Report on vaccination in Madras 1904-1921 - 1904-1921
Year: 1904
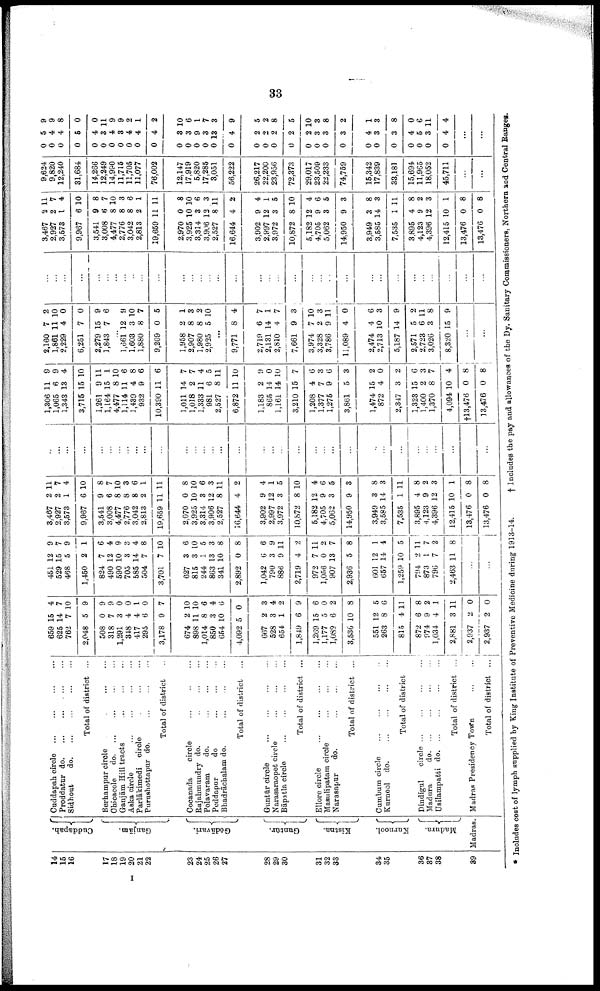
33
14
15
16
17
18
19
20
21
22
23
24
25
26
27
28
29
30
31
32
33
34
35
36
37
38
39
Cuddapah.
Ganjām.
Godāvari.
Guntūr.
Kistna.
Kurnool.
Madura.
Madras.
Cuddapah circle ... ... ... ...
Proddatur do . ... ... ... ...
Sidhout
d
o
. ... ... ... ...
Total of district ...
Berhampur circle
...
...
...
...
Chicacole
do. ... ... ... ...
Ganjām Hill tracts
...
...
...
...
Aska circle
...
...
...
...
Parlākimedi circle ... ... ... ...
Purushottapur do.
...
...
...
Total of district ...
Gocanada
circle
...
...
...
Rajahmundry do. ... ... ...
Polavaram
do. ... ... ...
Peddapur
do
...
...
...
Bhadrāchalam do.
...
...
...
...
Total of district ...
Guntūr circle
...
...
...
...
Narasaraopet circle
...
...
...
Bāpatla circle
...
...
...
...
Total of district ...
Ellore circle
...
...
...
Masulipatam circle ... ... ...
Narasapur
do.
...
...
...
Total of district ...
Cumbum circle ... ... ... ...
Kurnool do.
...
...
...
...
Total of district
Dindigul
circle
...
...
...
...
Madura
do. ... ... ... ...
Usilampatti d
o
. ... ... ... ...
Total of district ...
Madras Presidency Town
...
...
Total of district ...
659
625
762
2,048
508
318
1,291
348
417
295
3,178
674
898
1,014
850
654
4,092
667
528
654
1,849
1,269
1,177
1,089
3,536
551
263
815
872
974
1,034
2,881
2,937
2,937
15
14
7
5
0
7
3
4
4
6
9
2
11
8
3
10
5
2
3
1
6
15
5
6
10
12
8
4
6
9
4
3
2
2
4
7
10
9
9
9
0
0
1
0
7
10
10
6
4
6
0
3
4
2
9
6
0
2
8
5
6
11
8
2
1
11
0
0
451
529
468
1,450
824
490
590
705
585
504
3,701
627
815
244
863
341
2,892
1,042
790
886
2,719
972
1,056
907
2,936
601
657
1,259
794
873
796
2,463
12
15
5
2
7
12
10
3
14
7
7
3
3
1
13
10
0
6
3
9
4
7
0
13
5
12
14
10
2
1
7
11
9
7
9
1
6
4
9
3
4
8
10
6
10
5
3
8
8
6
9
11
2
11
2
7
8
1
4
5
11
7
2
8
...
...
3,467
2,927
3,573
9,967
3,541
3,008
4,477
2,776
3,042
2,813
19,659
2,970
3,925
3,314
3,906
2,527
16,644
3,902
2,997
3,972
10,872
5,182
4,705
5,062
14,950
3,949
3,585
7,535
3,895
4,123
4,396
12,415
13,476
13,476
2
2
1
6
9
6
8
8
8
2
11
0
10
3
12
8
4
9
12
3
8
12
9
3
9
3
14
1
4
9
12
10
0
0
11
7
4
10
8
7
10
3
6
1
11
8
10
6
3
11
2
4
1
5
10
4
6
5
3
8
3
11
8
2
3
1
8
8
...
...
...
...
...
...
...
...
...
...
...
...
...
...
...
...
...
...
...
...
...
...
...
...
...
...
...
...
...
...
...
...
...
...
1,306
1,065
1,343
3,715
1,261
1,164
4,477
1,114
1,439
932
10,390
1,011
1,018
1,333
981
2,527
6,872
1,183
865
1,161
3,210
1,208
1,377
1,275
3,861
1,474
872
2,347
1,323
1,400
1,370
4,094
†l3,476
13,476
11
6
13
15
9
15
8
11
4
9
11
14
2
11
6
8
11
2
14
14
15
4
7
9
5
15
4
3
15
2
8
10
0
0
9
9
4
10
11
1
10
6
8
6
6
7
7
4
5
11
10
9
0
10
7
6
3
6
3
2
0
2
6
3
7
4
8
8
2,160
1,861
2,229
6,251
2,279
1,843
...
1,661
1,603
1,880
9,269
1,958
2,907
1,980
2,925
7
11
4
7
15
7
...
12
3
8
0
2
8
8
5
2
10
0
0
9
6
...
9
10
7
5
1
3
2
10
...
9,771
2,719
2,131
2,810
7,661
3,974
3,328
3,786
11,089
2,474
2,713
5,187
2,571
2,723
3,026
8,320
8
6
14
4
9
7
2
9
4
4
10
14
5
6
3
15
4
7
1
7
3
10
3
11
0
6
3
9
2
11
8
9
...
...
...
...
...
...
...
...
...
...
...
...
...
...
...
...
...
...
...
...
...
...
...
...
...
...
...
...
...
...
...
...
...
...
...
...
3,467
2,927
3,573
9,967
3,541
3,008
4,477
2,776
3,042
2,813
19,659
2,970
3,925
3,314
3,906
2,527
16,644
3,902
2,997
3,972
10,872
5,182
4,705
5,062
14,950
3,949
3,585
7,535
3,895
4,123
4,396
12,415
13,476
13,476
2
2
1
6
9
6
8
8
8
2
11
0
10
3
12
8
4
9
12
3
8
12
9
3
9
3
14
1
4
9
12
10
0
0
11
7
4
10
8
7
10
3
6
1
11
8
10
6
3
11
2
4
1
5
10
4
6
5
3
8
3
11
8
2
3
1
8
8
9,624
9,820
12,240
31,684
14,266
12,249
14,990
11,715
11,705
11,077
76,002
12,147
17,919
6,820
17,285
3,051
56,222
26,217
22,200
23,956
72,373
29,017
23,509
22,233
74,759
15,342
17,839
33,181
15,694
11,965
18,052
45,711
...
...
0
0
0
0
0
0
0
0
0
0
0
0
0
0
0
0
0
0
0
0
0
0
0
0
0
0
0
0
0
0
0
0
5
4
4
5
4
3
4
3
4
4
4
3
3
9
3
13
4
2
2
2
2
2
3
3
3
4
3
3
4
5
3
4
9
9
8
0
0
11
9
9
2
1
2
10
6
1
7
3
9
5
2
8
5
10
3
8
2
1
3
8
0
6
11
4
...
...
* Includes cost of lymph supplied by King Institute of Preventive Medicine during 1913-14.
† Includes the pay and allowances of the Dy. Sanitary Commissioners, Northern and Central Ranges.
I